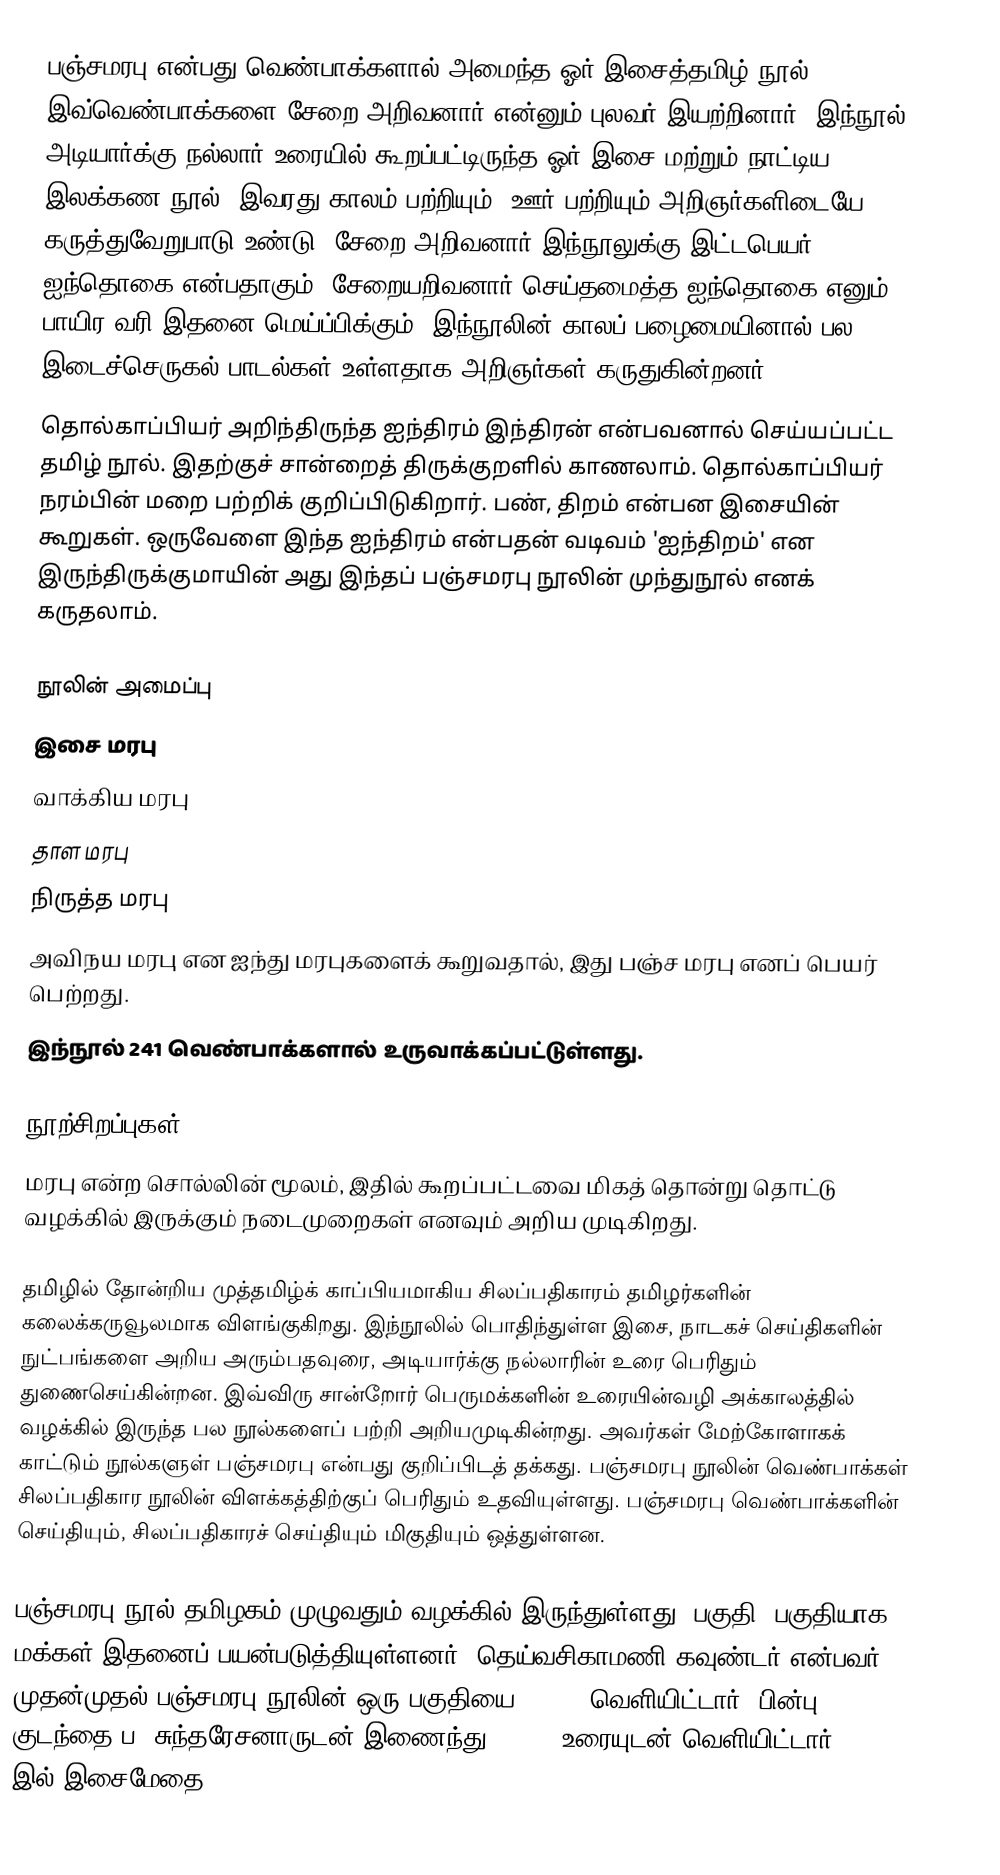
பஞ்சமரபு என்பது வெண்பாக்களால் அமைந்த ஓர் இசைத்தமிழ் நூல். இவ்வெண்பாக்களை சேறை அறிவனார் என்னும் புலவர் இயற்றினார். இந்நூல் அடியார்க்கு நல்லார் உரையில் கூறப்பட்டிருந்த ஓர் இசை  மற்றும் நாட்டிய இலக்கண நூல். இவரது காலம் பற்றியும், ஊர் பற்றியும் அறிஞர்களிடையே கருத்துவேறுபாடு உண்டு. சேறை அறிவனார் இந்நூலுக்கு இட்டபெயர் ஐந்தொகை என்பதாகும். சேறையறிவனார் செய்தமைத்த ஐந்தொகை எனும் பாயிர வரி இதனை மெய்ப்பிக்கும். இந்நூலின் காலப் பழைமையினால் பல இடைச்செருகல் பாடல்கள் உள்ளதாக அறிஞர்கள் கருதுகின்றனர்.
 தொல்காப்பியர் அறிந்திருந்த ஐந்திரம் இந்திரன் என்பவனால் செய்யப்பட்ட தமிழ் நூல். இதற்குச் சான்றைத் திருக்குறளில் காணலாம். தொல்காப்பியர் நரம்பின் மறை பற்றிக் குறிப்பிடுகிறார். பண், திறம் என்பன இசையின் கூறுகள். ஒருவேளை இந்த ஐந்திரம் என்பதன் வடிவம் 'ஐந்திறம்' என இருந்திருக்குமாயின் அது இந்தப் பஞ்சமரபு நூலின் முந்துநூல் எனக் கருதலாம்.

நூலின் அமைப்பு
 இசை மரபு
 வாக்கிய மரபு
 தாள மரபு
 நிருத்த மரபு
 அவிநய மரபு என ஐந்து மரபுகளைக் கூறுவதால், இது பஞ்ச மரபு எனப் பெயர் பெற்றது.
இந்நூல் 241 வெண்பாக்களால் உருவாக்கப்பட்டுள்ளது.

நூற்சிறப்புகள்
மரபு என்ற சொல்லின் மூலம், இதில் கூறப்பட்டவை மிகத் தொன்று தொட்டு வழக்கில் இருக்கும் நடைமுறைகள் எனவும் அறிய முடிகிறது.

தமிழில் தோன்றிய முத்தமிழ்க் காப்பியமாகிய சிலப்பதிகாரம் தமிழர்களின் கலைக்கருவூலமாக விளங்குகிறது. இந்நூலில் பொதிந்துள்ள இசை, நாடகச் செய்திகளின் நுட்பங்களை அறிய அரும்பதவுரை, அடியார்க்கு நல்லாரின் உரை பெரிதும் துணைசெய்கின்றன. இவ்விரு சான்றோர் பெருமக்களின் உரையின்வழி அக்காலத்தில் வழக்கில் இருந்த பல நூல்களைப் பற்றி அறியமுடிகின்றது. அவர்கள் மேற்கோளாகக் காட்டும் நூல்களுள் பஞ்சமரபு என்பது குறிப்பிடத் தக்கது. பஞ்சமரபு நூலின் வெண்பாக்கள் சிலப்பதிகார நூலின் விளக்கத்திற்குப் பெரிதும் உதவியுள்ளது. பஞ்சமரபு வெண்பாக்களின் செய்தியும், சிலப்பதிகாரச் செய்தியும் மிகுதியும் ஒத்துள்ளன.

பஞ்சமரபு நூல் தமிழகம் முழுவதும் வழக்கில் இருந்துள்ளது. பகுதி, பகுதியாக மக்கள் இதனைப் பயன்படுத்தியுள்ளனர். தெய்வசிகாமணி கவுண்டர் என்பவர் முதன்முதல் பஞ்சமரபு நூலின் ஒரு பகுதியை (1973) வெளியிட்டார். பின்பு குடந்தை ப. சுந்தரேசனாருடன் இணைந்து (1975) உரையுடன் வெளியிட்டார். 1991 இல் இசைமேதை